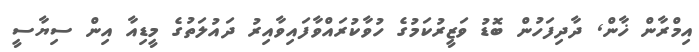
އިމްރާން ޚާން